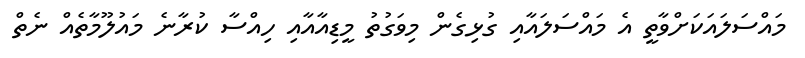
މައްސަލައަކަށްވާތީ އެ މައްސަލައާއި ގުޅިގެން މިވަގުތު މީޑިއާއާއި ހިއްސާ ކުރާނެ މައުލޫމާތެއް ނެތް